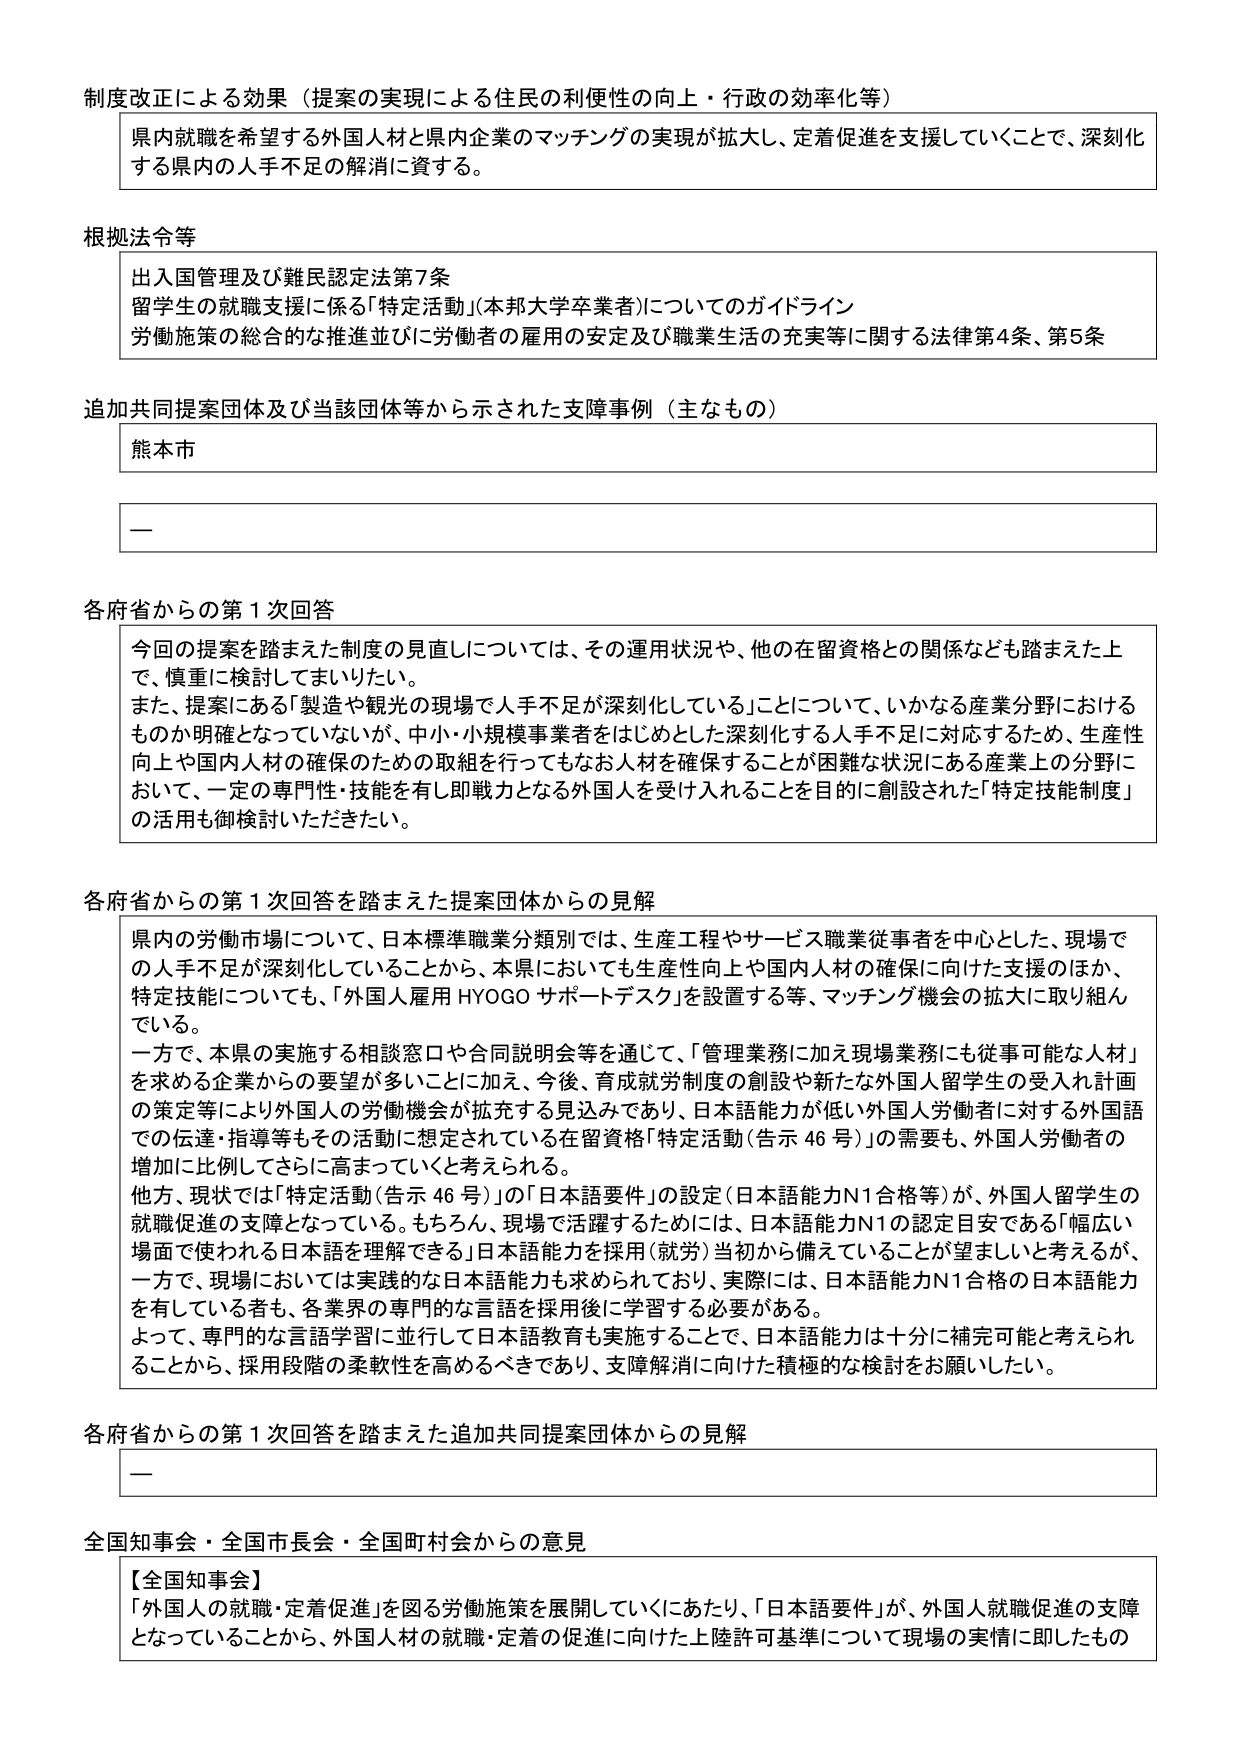
制度改正による効果（提案の実現による住民の利便性の向上・行政の効率化等）
県内就職を希望する外国人材と県内企業のマッチングの実現が拡大し、定着促進を支援していくことで、深刻化する県内の人手不足の解消に資する。

根拠法令等
出入国管理及び難民認定法第7条
留学生の就職支援に係る「特定活動」（本邦大学卒業者）についてのガイドライン
労働施策の総合的な推進並びに労働者の雇用の安定及び職業生活の充実等に関する法律第4条、第5条

追加共同提案団体及び当該団体等から示された支障事例（主なもの）
熊本市
—

各府省からの第1次回答
今回の提案を踏まえた制度の見直しについては、その運用状況や、他の在留資格との関係なども踏まえた上で、慎重に検討してまいりたい。
また、提案にある「製造や観光の現場で人手不足が深刻化している」ことについて、いかなる産業分野におけるものか明確となっていないが、中小・小規模事業者をはじめとした深刻化する人手不足に対応するため、生産性向上や国内人材の確保のための取組を行ってもなお人材を確保することが困難な状況にある産業上の分野において、一定の専門性・技能を有し即戦力となる外国人を受け入れることを目的に創設された「特定技能制度」の活用も御検討いただきたい。

各府省からの第1次回答を踏まえた提案団体からの見解
県内の労働市場について、日本標準職業分類別では、生産工程やサービス職業従事者を中心とした、現場での人手不足が深刻化していることから、本県においても生産性向上や国内人材の確保に向けた支援のほか、特定技能についても、「外国人雇用HYOGOサポートデスク」を設置する等、マッチング機会の拡大に取り組んでいる。
一方で、本県の実施する相談窓口や合同説明会等を通じて、「管理業務に加え現場業務にも従事可能な人材」を求める企業からの要望が多いことに加え、今後、育成就労制度の創設や新たな外国人留学生の受入れ計画の策定等により外国人の労働機会が拡充する見込みであり、日本語能力が低い外国人労働者に対する外国語での伝達・指導等もその活動に想定されている在留資格「特定活動（告示46号）」の需要も、外国人労働者の増加に比例してさらに高まっていくと考えられる。
他方、現状では「特定活動（告示46号）」の「日本語要件」の設定（日本語能力N1合格等）が、外国人留学生の就職促進の支障となっている。もちろん、現場で活躍するためには、日本語能力N1の認定目安である「幅広い場面で使われる日本語を理解できる」日本語能力を採用（就労）当初から備えていることが望ましいと考えるが、一方で、現場においては実践的な日本語能力も求められており、実際には、日本語能力N1合格の日本語能力を有している者も、各業界の専門的な言語を採用後に学習する必要がある。
よって、専門的な言語学習に並行して日本語教育も実施することで、日本語能力は十分に補完可能と考えられることから、採用段階の柔軟性を高めるべきであり、支障解消に向けた積極的な検討をお願いしたい。

各府省からの第1次回答を踏まえた追加共同提案団体からの見解
—

全国知事会・全国市長会・全国町村会からの意見
【全国知事会】
「外国人の就職・定着促進」を図る労働施策を展開していくにあたり、「日本語要件」が、外国人就職促進の支障となっていることから、外国人材の就職・定着の促進に向けた上陸許可基準について現場の実情に即したもの